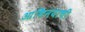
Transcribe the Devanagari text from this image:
आभिनयाची